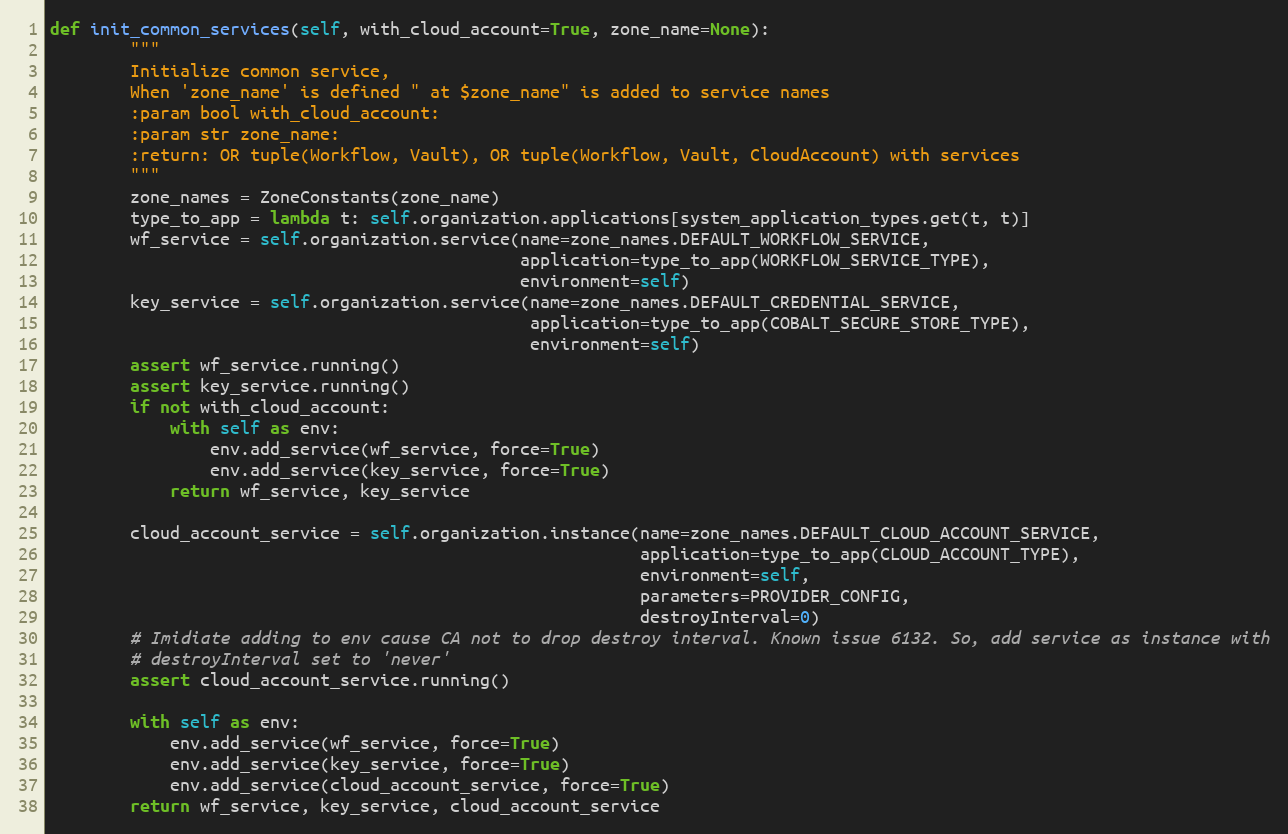
Language: Python
def init_common_services(self, with_cloud_account=True, zone_name=None):
        """
        Initialize common service,
        When 'zone_name' is defined " at $zone_name" is added to service names
        :param bool with_cloud_account:
        :param str zone_name:
        :return: OR tuple(Workflow, Vault), OR tuple(Workflow, Vault, CloudAccount) with services
        """
        zone_names = ZoneConstants(zone_name)
        type_to_app = lambda t: self.organization.applications[system_application_types.get(t, t)]
        wf_service = self.organization.service(name=zone_names.DEFAULT_WORKFLOW_SERVICE,
                                               application=type_to_app(WORKFLOW_SERVICE_TYPE),
                                               environment=self)
        key_service = self.organization.service(name=zone_names.DEFAULT_CREDENTIAL_SERVICE,
                                                application=type_to_app(COBALT_SECURE_STORE_TYPE),
                                                environment=self)
        assert wf_service.running()
        assert key_service.running()
        if not with_cloud_account:
            with self as env:
                env.add_service(wf_service, force=True)
                env.add_service(key_service, force=True)
            return wf_service, key_service

        cloud_account_service = self.organization.instance(name=zone_names.DEFAULT_CLOUD_ACCOUNT_SERVICE,
                                                           application=type_to_app(CLOUD_ACCOUNT_TYPE),
                                                           environment=self,
                                                           parameters=PROVIDER_CONFIG,
                                                           destroyInterval=0)
        # Imidiate adding to env cause CA not to drop destroy interval. Known issue 6132. So, add service as instance with
        # destroyInterval set to 'never'
        assert cloud_account_service.running()

        with self as env:
            env.add_service(wf_service, force=True)
            env.add_service(key_service, force=True)
            env.add_service(cloud_account_service, force=True)
        return wf_service, key_service, cloud_account_service